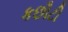
કછૌટી